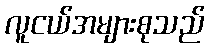
လူငယ်အများစုသည်